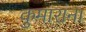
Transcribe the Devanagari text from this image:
कुमारांना